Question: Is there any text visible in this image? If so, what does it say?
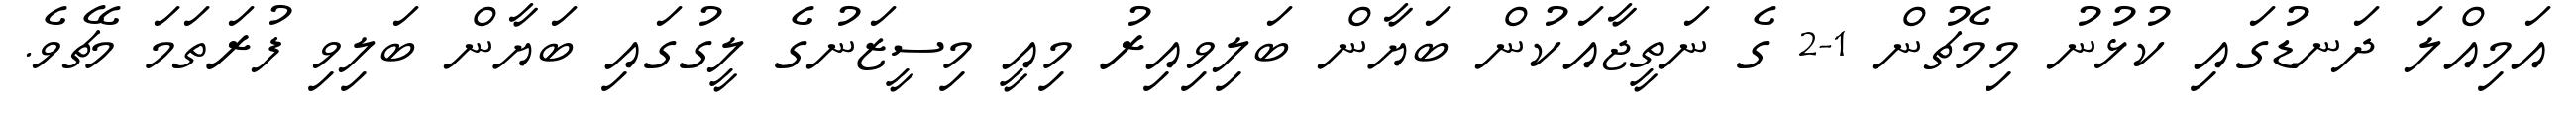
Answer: އަމިއްލަ ދަނޑުގައި ކުޅުނު މިމެޗުން 1-2 ގެ ނަތީޖާއަކުން ބަޔާން ބަލިވިއިރު މިއީ މިސީޒަނުގެ ލީގުގައި ބަޔާން ބަލިވި ފުރަތަމަ މެޗެވެ.